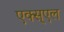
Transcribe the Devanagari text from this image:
एक्स्एल